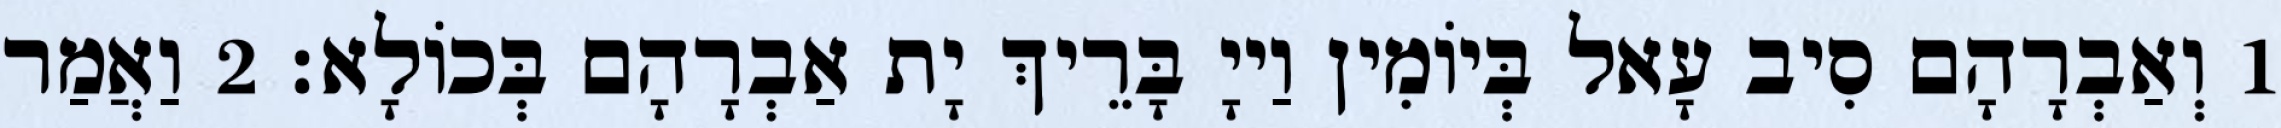
1 וְאַבְרָהָם סִיב עָאל בְּיוֹמִין וַייָ בָּרֵיךְ יָת אַבְרָהָם בְּכוֹלָא׃ 2 וַאֲמַר